Annual report on the lock hospitals of the Madras Presidency
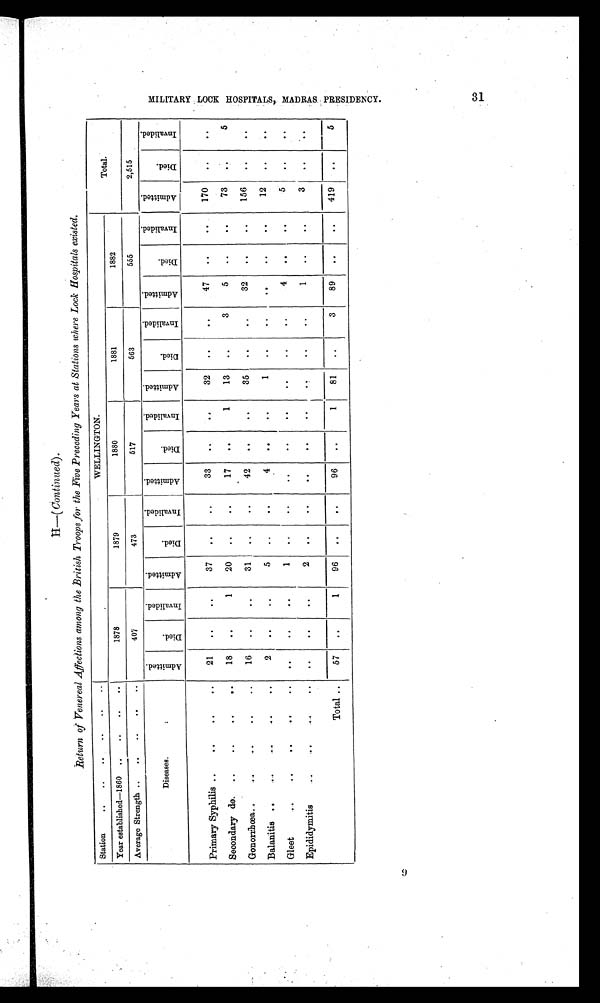
9
H—
(Continued).
Return of Venereal Affections among the British Troops for the Five Preceding Years at Stations where Lock Hospitals existed.
Station
..
..
.. .. .. ..
WELLINGTON.
Total.
Year established—1860 ..
..
..
..
1878
1879
1880
1881
1882
Average Strength ..
..
..
.. ..
407
473
517
563
555
2,515
Diseases.
A d m i t t e d .
D i e d .
I n v a l i d e d .
A d m i t t e d .
D i e d .
I n v a l i d e d .
A d m i t t e d .
D i e d .
I n v a l i d e d .
A d m i t t e d .
D i e d .
I n v a l i d e d .
A d m i t t e d .
D i e d .
I n v a l i d e d .
A d m i t t e d .
D i e d .
I n v a l i d e d .
Primary Syphilis ..
..
..
..
21
. .
..
37
. .
. .
33
. .
. .
32
..
. .
47
. .
. .
170
. .
. .
Secondary do.
..
..
..
..
18
. .
1
20
. .
. .
17
. .
1
13
. .
3
5
. .
. .
73
. .
5
Gonorrbœa..
..
..
..
..
16
. .
..
31
. .
. .
42
. .
. .
35
..
..
32
. .
. .
156
. .
. .
Balanitis ..
.. .. .. ..
2
. .
. .
5
. .
. .
4
. .
..
1
..
. .
. .
. .
. .
12
. .
..
Gleet
..
.. .. .. ..
..
..
..
1
. .
. .
..
. .
. .
. .
..
..
4
. .
. .
5
. .
..
Epididymitis
..
..
..
..
..
..
..
2
. .
. .
. .
. .
. .
. .
. .
. .
1
. .
. .
3
. .
. .
Total ..
57
. .
1
96
. .
. .
96
. .
1
81
..
3
89
. .
. .
419
. .
5
M I L I T A R Y L O C K H O S P I T A L S , M A D R A S P R E S I D E N C Y . 3 1